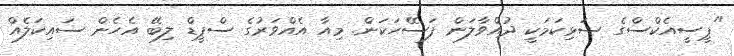
"ޕީސީއެކްސްގެ ސަޅިކަމަކީ ދުއްވާލަން ފަސޭހަކަން. މިއާ އެއްވަރުގެ ސްޕީޑް ލިބޭ އެހެން ސައިކަލެއް